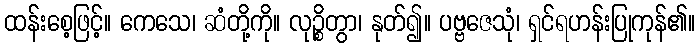
ထန်းစေ့ဖြင့်။ ကေသေ၊ ဆံတို့ကို။ လုဉ္စိတွာ၊ နုတ်၍။ ပဗ္ဗဇေသုံ၊ ရှင်ရဟန်းပြုကုန်၏။